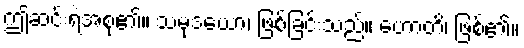
ဤဆင်းရဲအစု၏။ သမုဒယော၊ ဖြစ်ခြင်းသည်။ ဟောတိ၊ ဖြစ်၏။